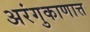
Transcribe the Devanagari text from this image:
अरंगुकाणात्त